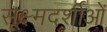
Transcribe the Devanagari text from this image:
सूक्ष्मदर्शीओं